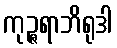
ကုဉ္ဇရာဘိရုဒါ